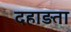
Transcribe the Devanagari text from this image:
दहाड़ता